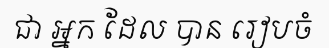
ជា អ្នក ដែល បាន រៀបចំ